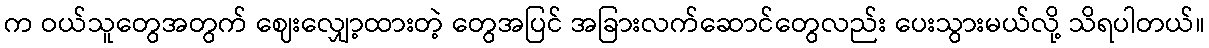
က ဝယ်သူတွေအတွက် ဈေးလျှော့ထားတဲ့ တွေအပြင် အခြားလက်ဆောင်တွေလည်း ပေးသွားမယ်လို့ သိရပါတယ်။